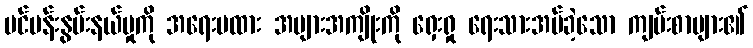
ပင်ပန်းနွမ်းနယ်မှုကို အရေးမထား အများအကျိုးကို ရှေးရှု ရေးသားအပ်ခဲ့သော ကျမ်းစာများ၏